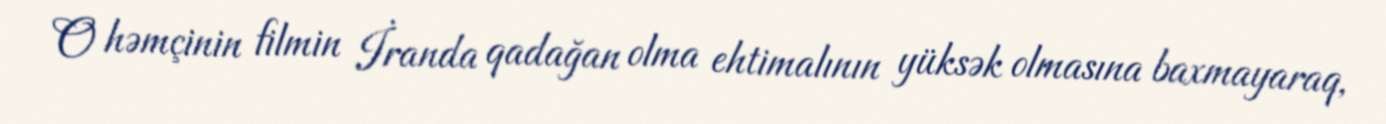
O həmçinin filmin İranda qadağan olma ehtimalının yüksək olmasına baxmayaraq,